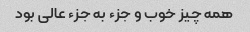
همه چیز خوب و جزء به جزء عالی بود